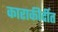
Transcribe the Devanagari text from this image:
काराकीर्दीत